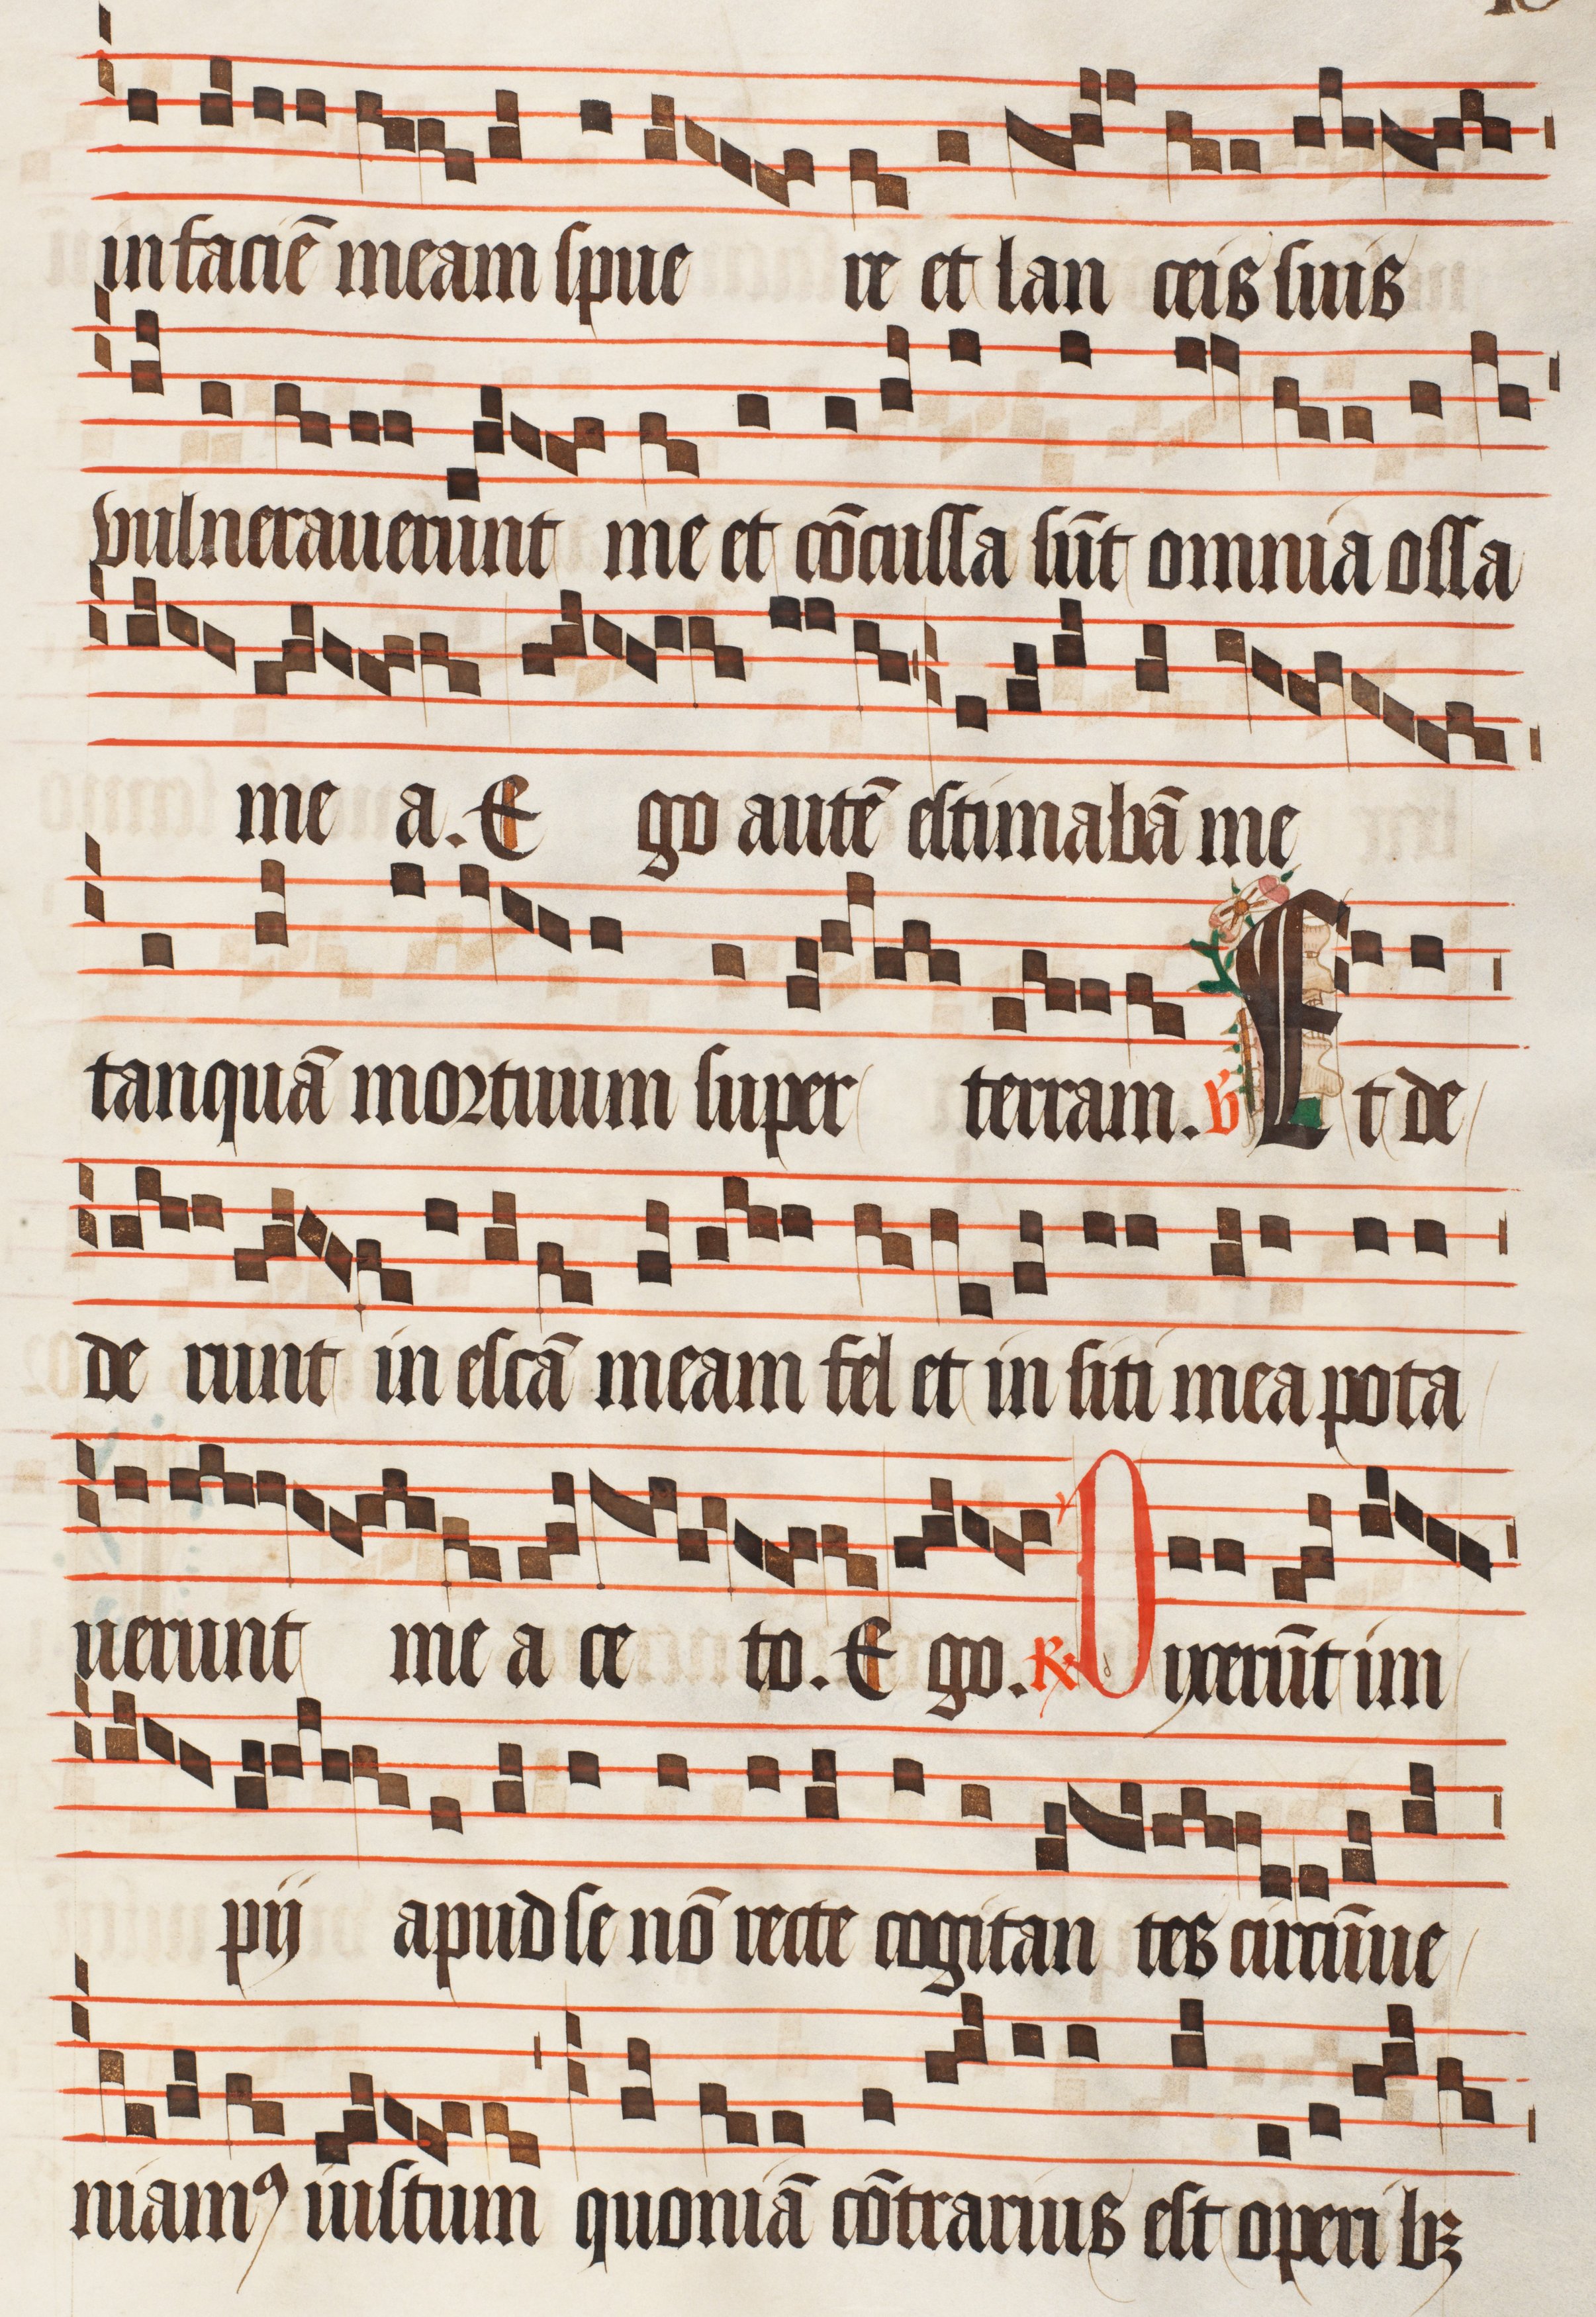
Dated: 1470–1505